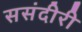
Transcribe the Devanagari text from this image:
ससंदीरी